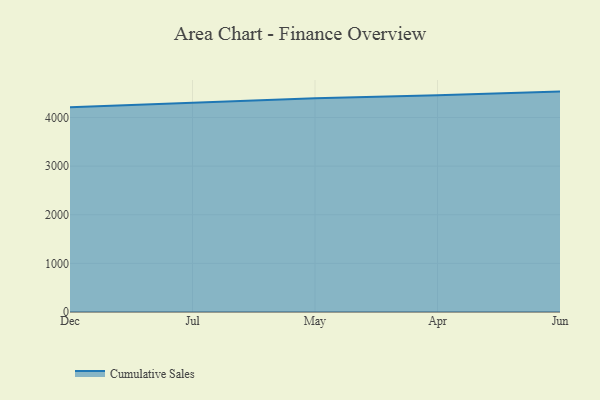
{"axis": {"x": "Month", "y": "Market Share (%)"}, "legend": ["Cumulative Sales"], "data": [{"x": "Dec", "y": 4208.5, "type": "Cumulative Sales"}, {"x": "Jul", "y": 4304.9, "type": "Cumulative Sales"}, {"x": "May", "y": 4396.1, "type": "Cumulative Sales"}, {"x": "Apr", "y": 4459.2, "type": "Cumulative Sales"}, {"x": "Jun", "y": 4532.6, "type": "Cumulative Sales"}]}